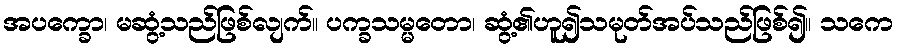
အပက္ခော၊ မဆွံ့သည်ဖြစ်လျက်။ ပက္ခသမ္မတော၊ ဆွံ့၏ဟူ၍သမုတ်အပ်သည်ဖြစ်၍။ သကေ